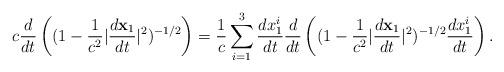
LaTeX: \begin{align*}c\frac{d}{dt} \left( (1 - \frac{1}{c^{2}} |\frac{d{\bf x}_{1}}{dt}|^{2})^{- 1/2} \right)= \frac{1}{c} \sum_{i = 1}^{3} \frac{dx_{1}^{i}}{dt}\frac{d}{dt} \left( (1 - \frac{1}{c^{2}} |\frac{d{\bf x}_{1}}{dt}|^{2})^{- 1/2} \frac{dx_{1}^{i}}{dt} \right).\end{align*}